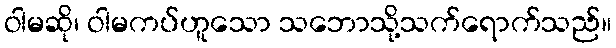
ဝါမဆို၊ ဝါမကပ်ဟူသော သဘောသို့သက်ရောက်သည်။